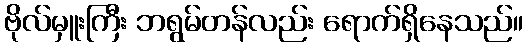
ဗိုလ်မှူးကြီး ဘရွမ်တန်လည်း ရောက်ရှိနေသည်။